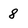
Character: 8